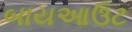
બાયઆઉટ